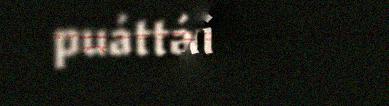
puáttám sii